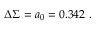
\Delta \Sigma = a _ { 0 } = 0 . 3 4 2 ~ .